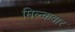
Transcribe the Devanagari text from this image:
मिल्कबार